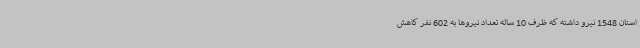
استان 1548 نیرو داشته که ظرف 10 ساله تعداد نیروها به 602 نفر کاهش